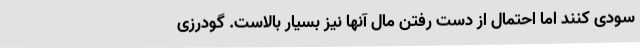
سودی کنند اما احتمال از دست رفتن مال آنها نیز بسیار بالاست. گودرزی